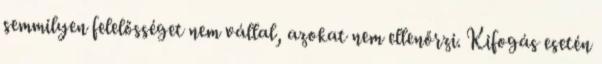
semmilyen felelősséget nem vállal, azokat nem ellenőrzi. Kifogás esetén